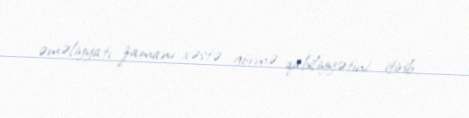
əməliyyatı zamanı xəstə görmə qabiliyyətini itirib.